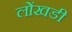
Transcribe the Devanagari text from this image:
लोंखडी